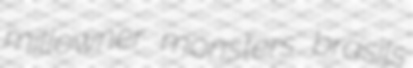
millowner monsters brasils